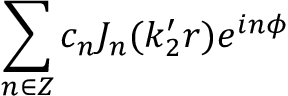
\sum _ { n \in Z } c _ { n } J _ { n } ( k _ { 2 } ^ { \prime } r ) e ^ { i n \phi }